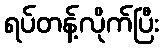
ရပ်တန့်လိုက်ပြီး